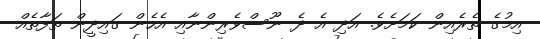
އިމުގެ ތެރެއިން ކަމަށެވެ. އަދި އެ ދެ ނޫސްވެރިންނާއި އެހެން ގައިދީން ތަފާތެއް